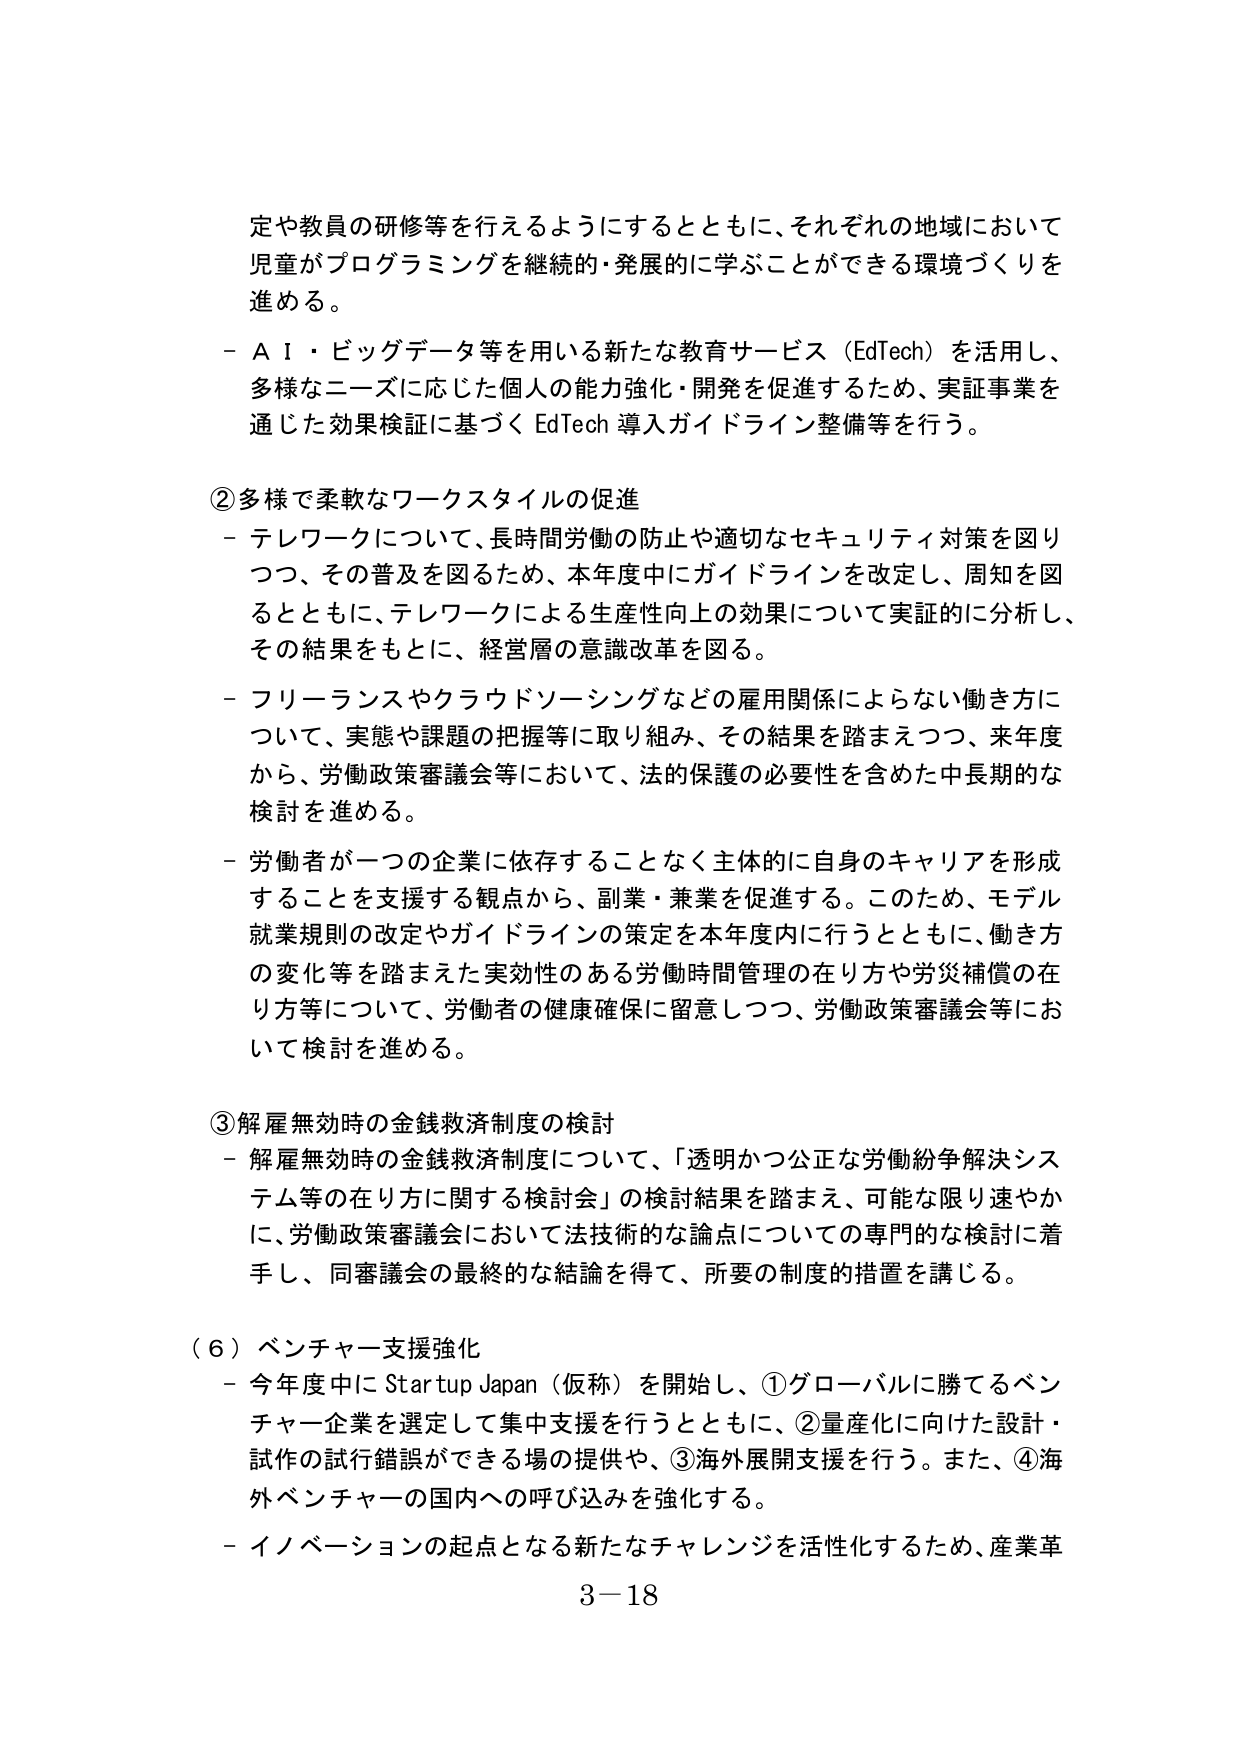
定や教員の研修等を行えるようにするとともに、それぞれの地域において児童がプログラミングを継続的・発展的に学ぶことができる環境づくりを進める。

- AI・ビッグデータ等を用いる新たな教育サービス（EdTech）を活用し、多様なニーズに応じた個人の能力強化・開発を促進するため、実証事業を通じた効果検証に基づく EdTech 導入ガイドライン整備等を行う。

②多様で柔軟なワークスタイルの促進
- テレワークについて、長時間労働の防止や適切なセキュリティ対策を図りつつ、その普及を図るため、本年度中にガイドラインを改定し、周知を図るとともに、テレワークによる生産性向上の効果について実証的に分析し、その結果をもとに、経営層の意識改革を図る。
- フリーランスやクラウドソーシングなどの雇用関係によらない働き方について、実態や課題の把握等に取り組み、その結果を踏まえつつ、来年度から、労働政策審議会等において、法的保護の必要性を含めた中長期的な検討を進める。
- 労働者が一つの企業に依存することなく主体的に自身のキャリアを形成することを支援する観点から、副業・兼業を促進する。このため、モデル就業規則の改定やガイドラインの策定を本年度内に行うとともに、働き方の変化等を踏まえた実効性のある労働時間管理の在り方や労災補償の在り方等について、労働者の健康確保に留意しつつ、労働政策審議会等において検討を進める。

③解雇無効時の金銭救済制度の検討
- 解雇無効時の金銭救済制度について、「透明かつ公正な労働紛争解決システム等の在り方に関する検討会」の検討結果を踏まえ、可能な限り速やかに、労働政策審議会において法技術的な論点についての専門的な検討に着手し、同審議会の最終的な結論を得て、所要の制度的措置を講じる。

（６）ベンチャー支援強化
- 今年度中に Startup Japan（仮称）を開始し、①グローバルに勝てるベンチャー企業を選定して集中支援を行うとともに、②量産化に向けた設計・試作の試行錯誤ができる場の提供や、③海外展開支援を行う。また、④海外ベンチャーの国内への呼び込みを強化する。
- イノベーションの起点となる新たなチャレンジを活性化するため、産業革

3－18